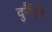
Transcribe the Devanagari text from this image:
दुर्रैनी